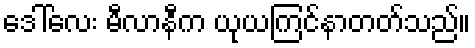
ဒေါ်လေး မီလာနီက ယုယကြင်နာတတ်သည်။